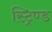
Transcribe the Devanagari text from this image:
स्ट्रिण्ड